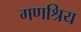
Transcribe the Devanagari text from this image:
गणश्रिय